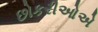
છોકરીઓએ